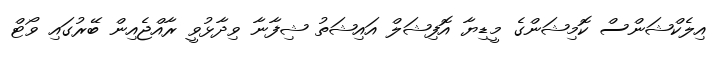
އިލެކްޝަންސް ކޮމިޝަންގެ މީޑިޔާ އޮފިޝަލް އައިޝަތު ޝިފާނާ ވިދާޅުވީ ރާއްޖެއިން ބޭރުގައި ވޯޓް